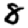
Digit: 8